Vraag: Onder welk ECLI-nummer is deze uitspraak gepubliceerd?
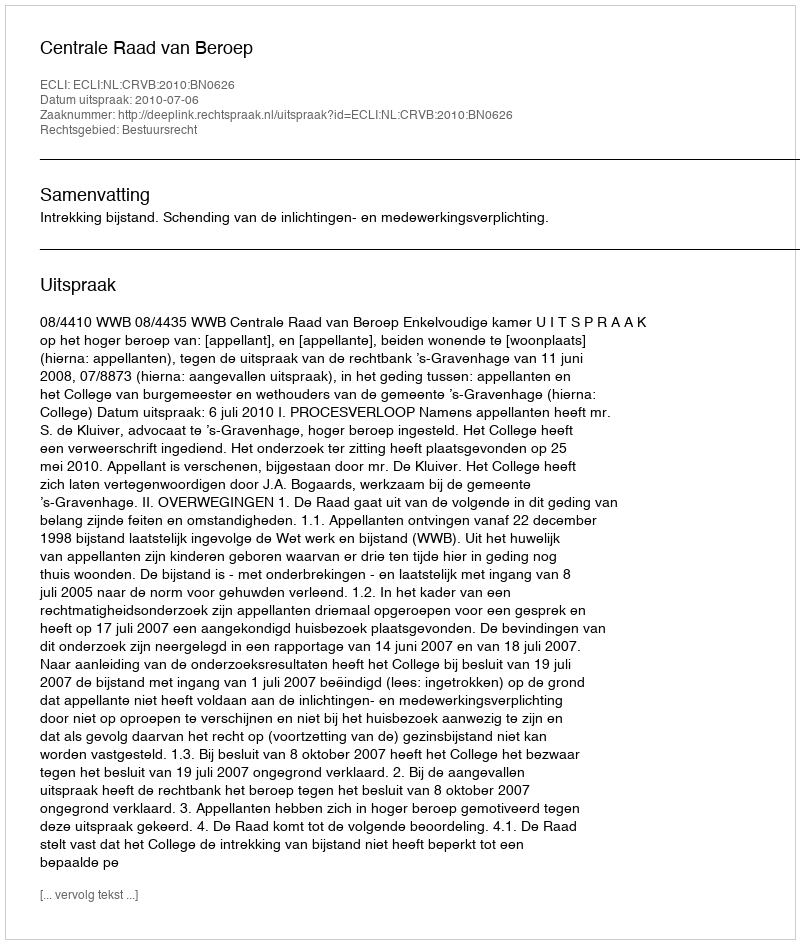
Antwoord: ECLI:NL:CRVB:2010:BN0626